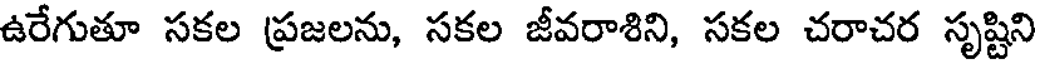
ఉరేగుతూ సకల ప్రజలను, సకల జీవరాశిని, సకల చరాచర సృష్టిని